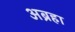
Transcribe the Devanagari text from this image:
अब्रहा